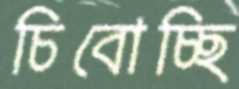
চিবোচ্ছি